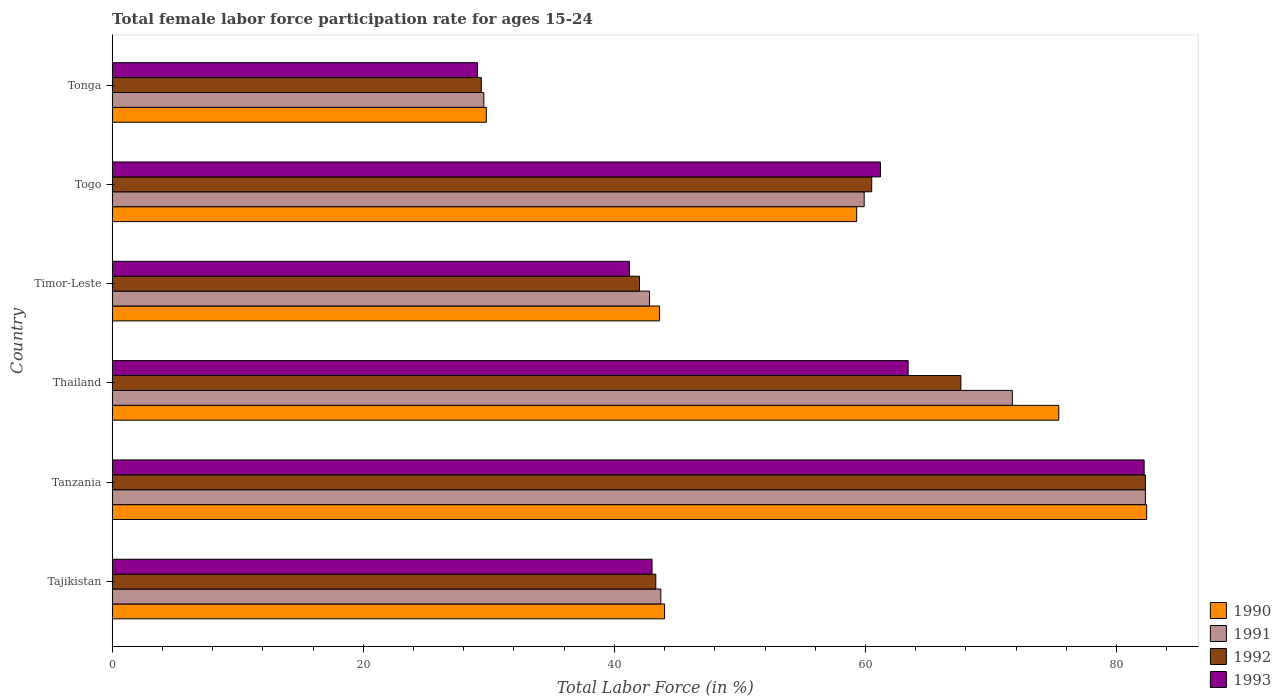
| Country | 1990 | 1991 | 1992 | 1993 |
 | --- | --- | --- | --- | --- |
 | Tajikistan | 44 | 43.7 | 43.3 | 43 |
 | Tanzania | 82.4 | 82.3 | 82.3 | 82.2 |
 | Thailand | 75.4 | 71.7 | 67.6 | 63.4 |
 | Timor-Leste | 43.6 | 42.8 | 42 | 41.2 |
 | Togo | 59.3 | 59.9 | 60.5 | 61.2 |
 | Tonga | 29.8 | 29.6 | 29.4 | 29.1 |